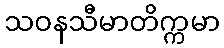
သဝနသီမာတိက္ကမာ